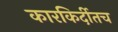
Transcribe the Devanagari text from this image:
कारकिर्दीतच